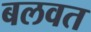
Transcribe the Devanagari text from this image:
बलवत